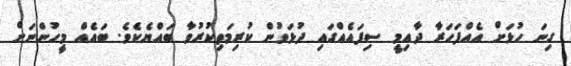
ގިނަ ހުޅަށް އެއްފަހަރާ ދާއިމީ ސިފައެއްގައި ދުޅަވުން ކުރިމަތިކުރުވާ ބައްޔެކެވެ. ބައެއް މީހުންނަށް